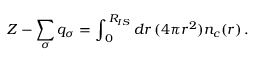
Z - \sum _ { \sigma } q _ { \sigma } = \int _ { \, 0 } ^ { \, R _ { I S } } d r \, ( 4 \pi r ^ { 2 } ) n _ { c } ( r ) \, .